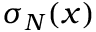
\sigma _ { N } ( x )